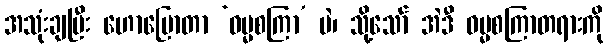
အသုံးချပြီး ဟောပြောတာ ‘ဓမ္မစကြာ’ ပဲ၊ သို့သော် အဲဒီ ဓမ္မစကြာတရားကို